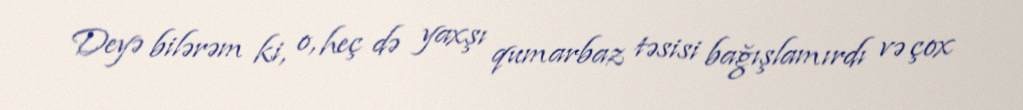
Deyə bilərəm ki, o, heç də yaxşı qumarbaz təsisi bağışlamırdı və çox